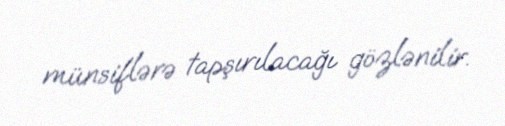
münsiflərə tapşırılacağı gözlənilir.